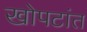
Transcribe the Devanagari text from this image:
खोपटांत